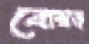
বোম্বড্